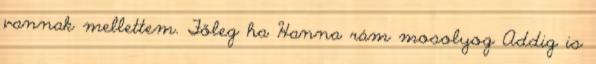
vannak mellettem. Főleg ha Hanna rám mosolyog Addig is